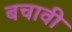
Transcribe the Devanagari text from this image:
बचावी